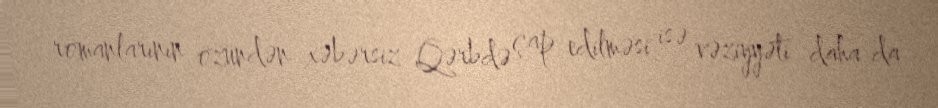
romanlarının özündən xəbərsiz Qərbdə çap edilməsi isə vəziyyəti daha da